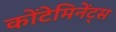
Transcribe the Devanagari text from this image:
कोंटेमिनेंट्स